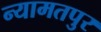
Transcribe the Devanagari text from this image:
न्यामतपुर